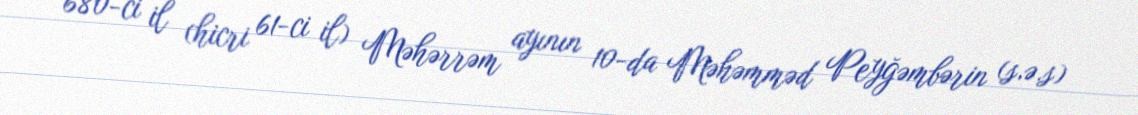
680-ci il (hicri 61-ci il) Məhərrəm ayının 10-da Məhəmməd Peyğəmbərin (s.ə.s)